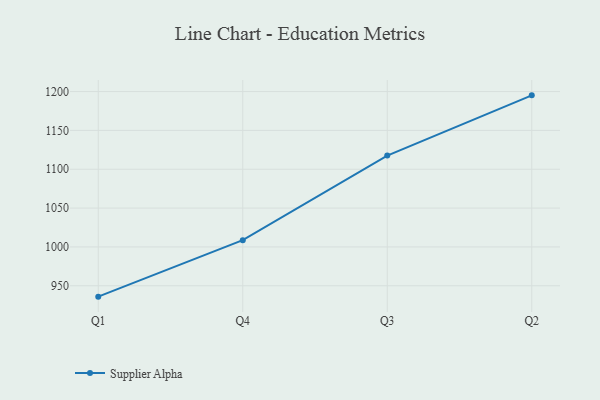
{"axis": {"x": "Quarter", "y": "Shipments"}, "legend": ["Supplier Alpha"], "data": [{"x": "Q1", "y": 936.0, "type": "Supplier Alpha"}, {"x": "Q4", "y": 1008.7, "type": "Supplier Alpha"}, {"x": "Q3", "y": 1117.6, "type": "Supplier Alpha"}, {"x": "Q2", "y": 1195.1, "type": "Supplier Alpha"}]}